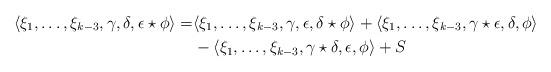
LaTeX: \begin{align*}\langle \xi_1, \ldots, \xi_{k-3}, \gamma, \delta, \epsilon \star \phi \rangle = &\langle \xi_1, \ldots, \xi_{k-3}, \gamma, \epsilon, \delta \star \phi \rangle + \langle \xi_1, \ldots, \xi_{k-3}, \gamma \star \epsilon, \delta, \phi \rangle \\&-\langle \xi_1, \ldots, \xi_{k-3}, \gamma \star \delta, \epsilon, \phi \rangle +S \end{align*}